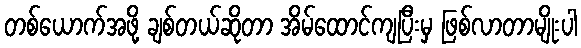
တစ်ယောက်အဖို့ ချစ်တယ်ဆိုတာ အိမ်ထောင်ကျပြီးမှ ဖြစ်လာတာမျိုးပါ